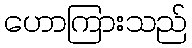
ဟောကြားသည်